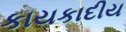
કાયકાદીય